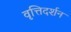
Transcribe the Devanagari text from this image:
वृत्तिदर्शन